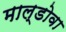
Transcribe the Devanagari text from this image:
माल्डोवा